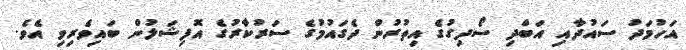
އަހުމަދު ސައުދާއި އަބްދި ސޯދިގުގެ އިތުރުން ދެގައުމުގެ ސަރުކާރުގެ އޮފިޝަލުން ބައިވެރިވި އެވެ.